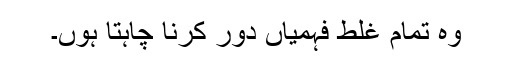
وہ تمام غلط فہمیاں دور کرنا چاہتا ہوں۔